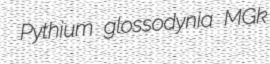
Pythium glossodynia MGk